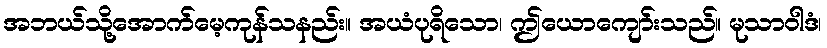
အဘယ်သို့အောက်မေ့ကုန်သနည်း။ အယံပုရိသော၊ ဤယောကျော်းသည်။ မုသာဝါဒံ၊